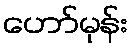
ဟော်မုန်း